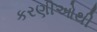
કરણીઓથી